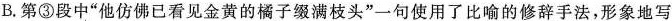
B.第③段中“他仿佛已看见金黄的橘子缀满枝头”一句使用了比喻的修辞手法，形象地写